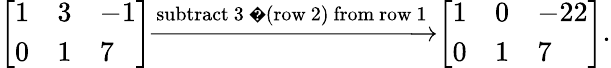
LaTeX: {\left[\begin{array}{lll}{1}&{3}&{-1}\\ {0}&{1}&{7}\end{array}\right]}{\xrightarrow{\mathrm{subtract~3~�~(row~2)~from~row~1}}}{\left[\begin{array}{lll}{1}&{0}&{-22}\\ {0}&{1}&{7}\end{array}\right]}.